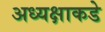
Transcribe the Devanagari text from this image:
अध्यक्षाकडे